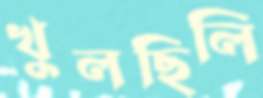
খুলছিলি